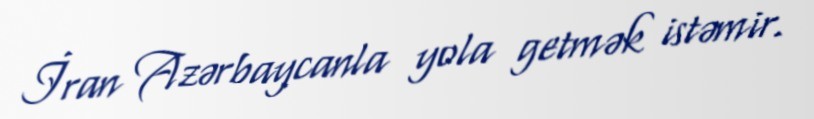
İran Azərbaycanla yola getmək istəmir.